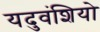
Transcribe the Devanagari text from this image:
यदुवंशियो